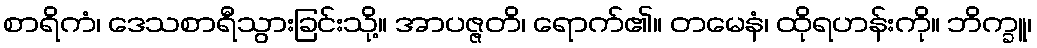
စာရိကံ၊ ဒေသစာရီသွားခြင်းသို့။ အာပဇ္ဇတိ၊ ရောက်၏။ တမေနံ၊ ထိုရဟန်းကို။ ဘိက္ခူ၊